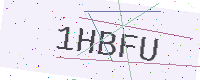
Text: 1HBFU